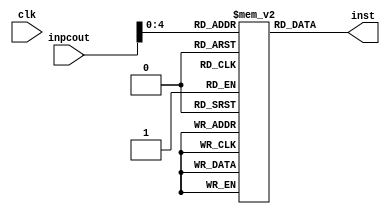
//output of PC ie. pcout is the input to instruction set as 'inpcout'
module InstructionSet(clk, inst, inpcout);
input clk;
output [31:0] inst;
input [31:0] inpcout;
reg [31:0] inst;
reg [31:0] instmem [31:0];

initial begin
instmem[0]=32'b00000000000000010001000000100000; //ADD
instmem[1]=32'b00000000011001000010100000100010; //SUB
instmem[2]=32'b00000000110001110100000000100100; //AND
instmem[3]=32'b00000001001010100101100000100101; //OR
instmem[4]=32'b10001100000000010000000000000101; //LOAD
instmem[5]=32'b10101100000000010000000000000001; //STORE
instmem[6]=32'b00010000000000110000000000001110; //BRANCH
instmem[20]=32'b00000000000000010000000000000011;//FINISH
end

always @ (inpcout)
begin
inst=instmem[inpcout];
end

endmodule